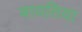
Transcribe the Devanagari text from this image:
बायतिया